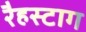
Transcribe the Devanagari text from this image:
रैहस्टाग